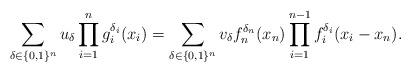
LaTeX: \begin{align*}\sum_{\delta\in\{0,1\}^{n}}u_{\delta}\prod_{i=1}^{n}g_{i}^{\delta_{i}}(x_{i})=\sum_{\delta\in\{0,1\}^{n}}v_{\delta}f_{n}^{\delta_{n}}(x_{n})\prod_{i=1}^{n-1}f_{i}^{\delta_{i}}(x_{i}-x_{n}).\end{align*}